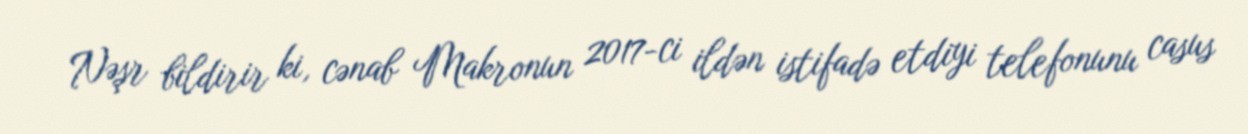
Nəşr bildirir ki, cənab Makronun 2017-ci ildən istifadə etdiyi telefonunu casus